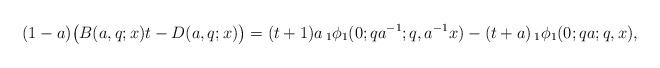
LaTeX: \begin{align*}(1-a)\big(B(a,q;x)t-D(a,q;x)\big)=(t+1)a\,_{1}\phi_{1}(0;qa^{-1};q,a^{-1}x)-(t+a)\,_{1}\phi_{1}(0;qa;q,x),\end{align*}